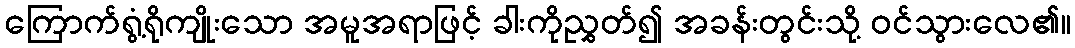
ကြောက်ရွံ့ရိုကျိုးသော အမူအရာဖြင့် ခါးကိုညွှတ်၍ အခန်းတွင်းသို့ ဝင်သွားလေ၏။